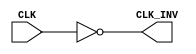
module InvertingClockBuffer (
    input wire CLK,      // Input clock signal
    output wire CLK_INV  // Inverted clock signal
);

// Invert the clock signal
assign CLK_INV = ~CLK;

endmodule